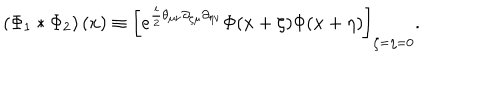
\left( \Phi _ { 1 } * \Phi _ { 2 } \right) ( x ) \equiv \left[ e ^ { \frac { i } { 2 } \theta _ { \mu \nu } \partial _ { \zeta \mu } \partial _ { \eta \nu } } \Phi ( x + \zeta ) \Phi ( x + \eta ) \right] _ { \zeta = \eta = 0 } .